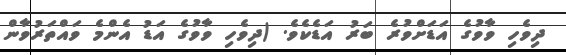
ދިވެހި ވާވުގެ އަޑަށްވުރެ ބަރު އަޑެކެވެ. (ދިވެހި ވާވުގެ އަޑު އެންމެ ވައްތަރުވާން